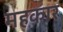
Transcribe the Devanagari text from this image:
महकार